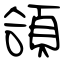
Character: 頜